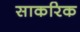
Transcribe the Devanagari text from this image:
साकरिक